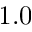
1 . 0